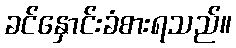
ခင်နှောင်းခံစားရသည်။